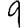
Digit: 9